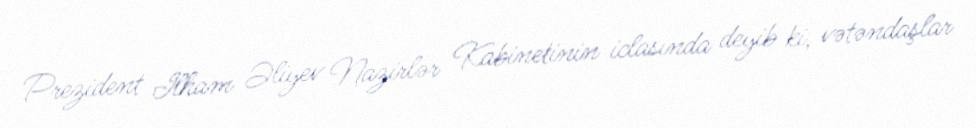
Prezident İlham Əliyev Nazirlər Kabinetinin iclasında deyib ki, vətəndaşlar